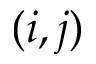
( i , j )